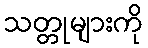
သတ္တုများကို